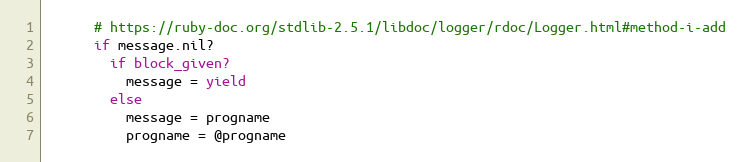
Language: Ruby
      # https://ruby-doc.org/stdlib-2.5.1/libdoc/logger/rdoc/Logger.html#method-i-add
      if message.nil?
        if block_given?
          message = yield
        else
          message = progname
          progname = @progname